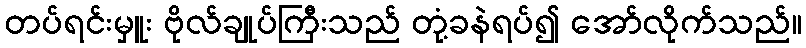
တပ်ရင်းမှူး ဗိုလ်ချုပ်ကြီးသည် တုံ့ခနဲရပ်၍ အော်လိုက်သည်။